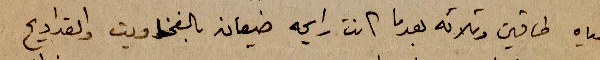
المياه طاقين وثلاثه بعدما كانت رايحة ضيعان بالفخاويت والقداديح